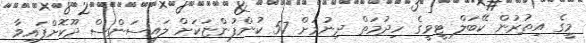
މީގެ އިތުރުން ކޭބަލް ޓީވީގެ ހިދުމަތް ދިނުމަށް 57 ކުންފުންޏަކަށް ލައިސަންސް ދޫކޮށްފައިވާ